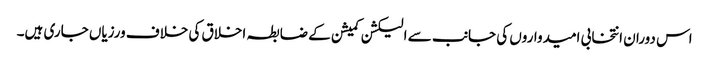
اس دوران انتخابی امیدواروں کی جانب سے الیکشن کمیشن کے ضابطہ اخلاق کی خلاف ورزیاں جاری ہیں۔